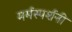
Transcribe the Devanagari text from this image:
मर्मस्पर्शनी